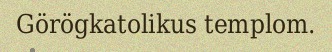
Görögkatolikus templom.